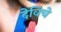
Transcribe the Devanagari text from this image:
देविचे